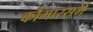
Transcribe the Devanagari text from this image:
कौमारसर्ग